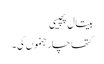
بیتال پچیسی
کتھا چار جنموں کی ۔